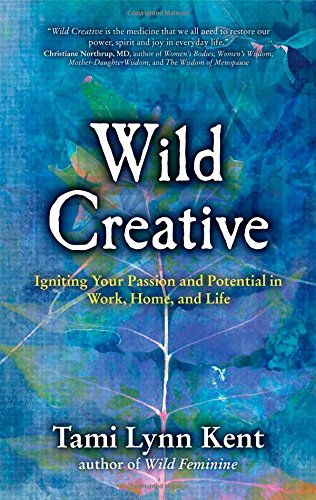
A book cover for Wild Creative: Igniting Your Passion and Potential in Work, Home, and Life; Tami Lynn Kent; Health, Fitness & Dieting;